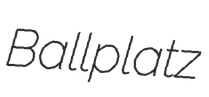
Ballplatz